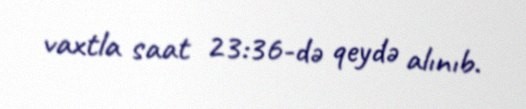
vaxtla saat 23:36-də qeydə alınıb.